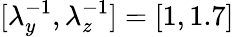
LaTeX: [\lambda_{y}^{-1},\lambda_{z}^{-1}]=[1,1.7]